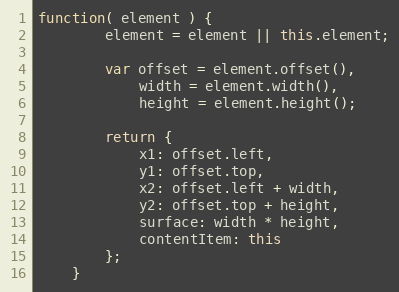
Language: JavaScript
function( element ) {
		element = element || this.element;

		var offset = element.offset(),
			width = element.width(),
			height = element.height();

		return {
			x1: offset.left,
			y1: offset.top,
			x2: offset.left + width,
			y2: offset.top + height,
			surface: width * height,
			contentItem: this
		};
	}